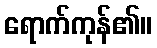
ရောက်ကုန်၏။